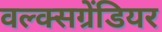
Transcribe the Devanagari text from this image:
वल्क्सग्रेंडियर